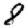
Digit: 8